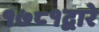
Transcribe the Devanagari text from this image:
१७८१द्वारे